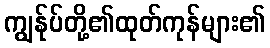
ကျွန်ုပ်တို့၏ထုတ်ကုန်များ၏